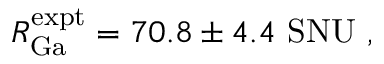
R _ { \mathrm { G a } } ^ { \mathrm { e x p t } } = 7 0 . 8 \pm 4 . 4 \mathrm { \ S N U } \ ,